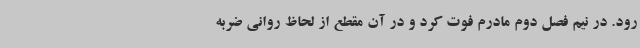
رود. در نیم فصل دوم مادرم فوت کرد و در آن مقطع از لحاظ روانی ضربه